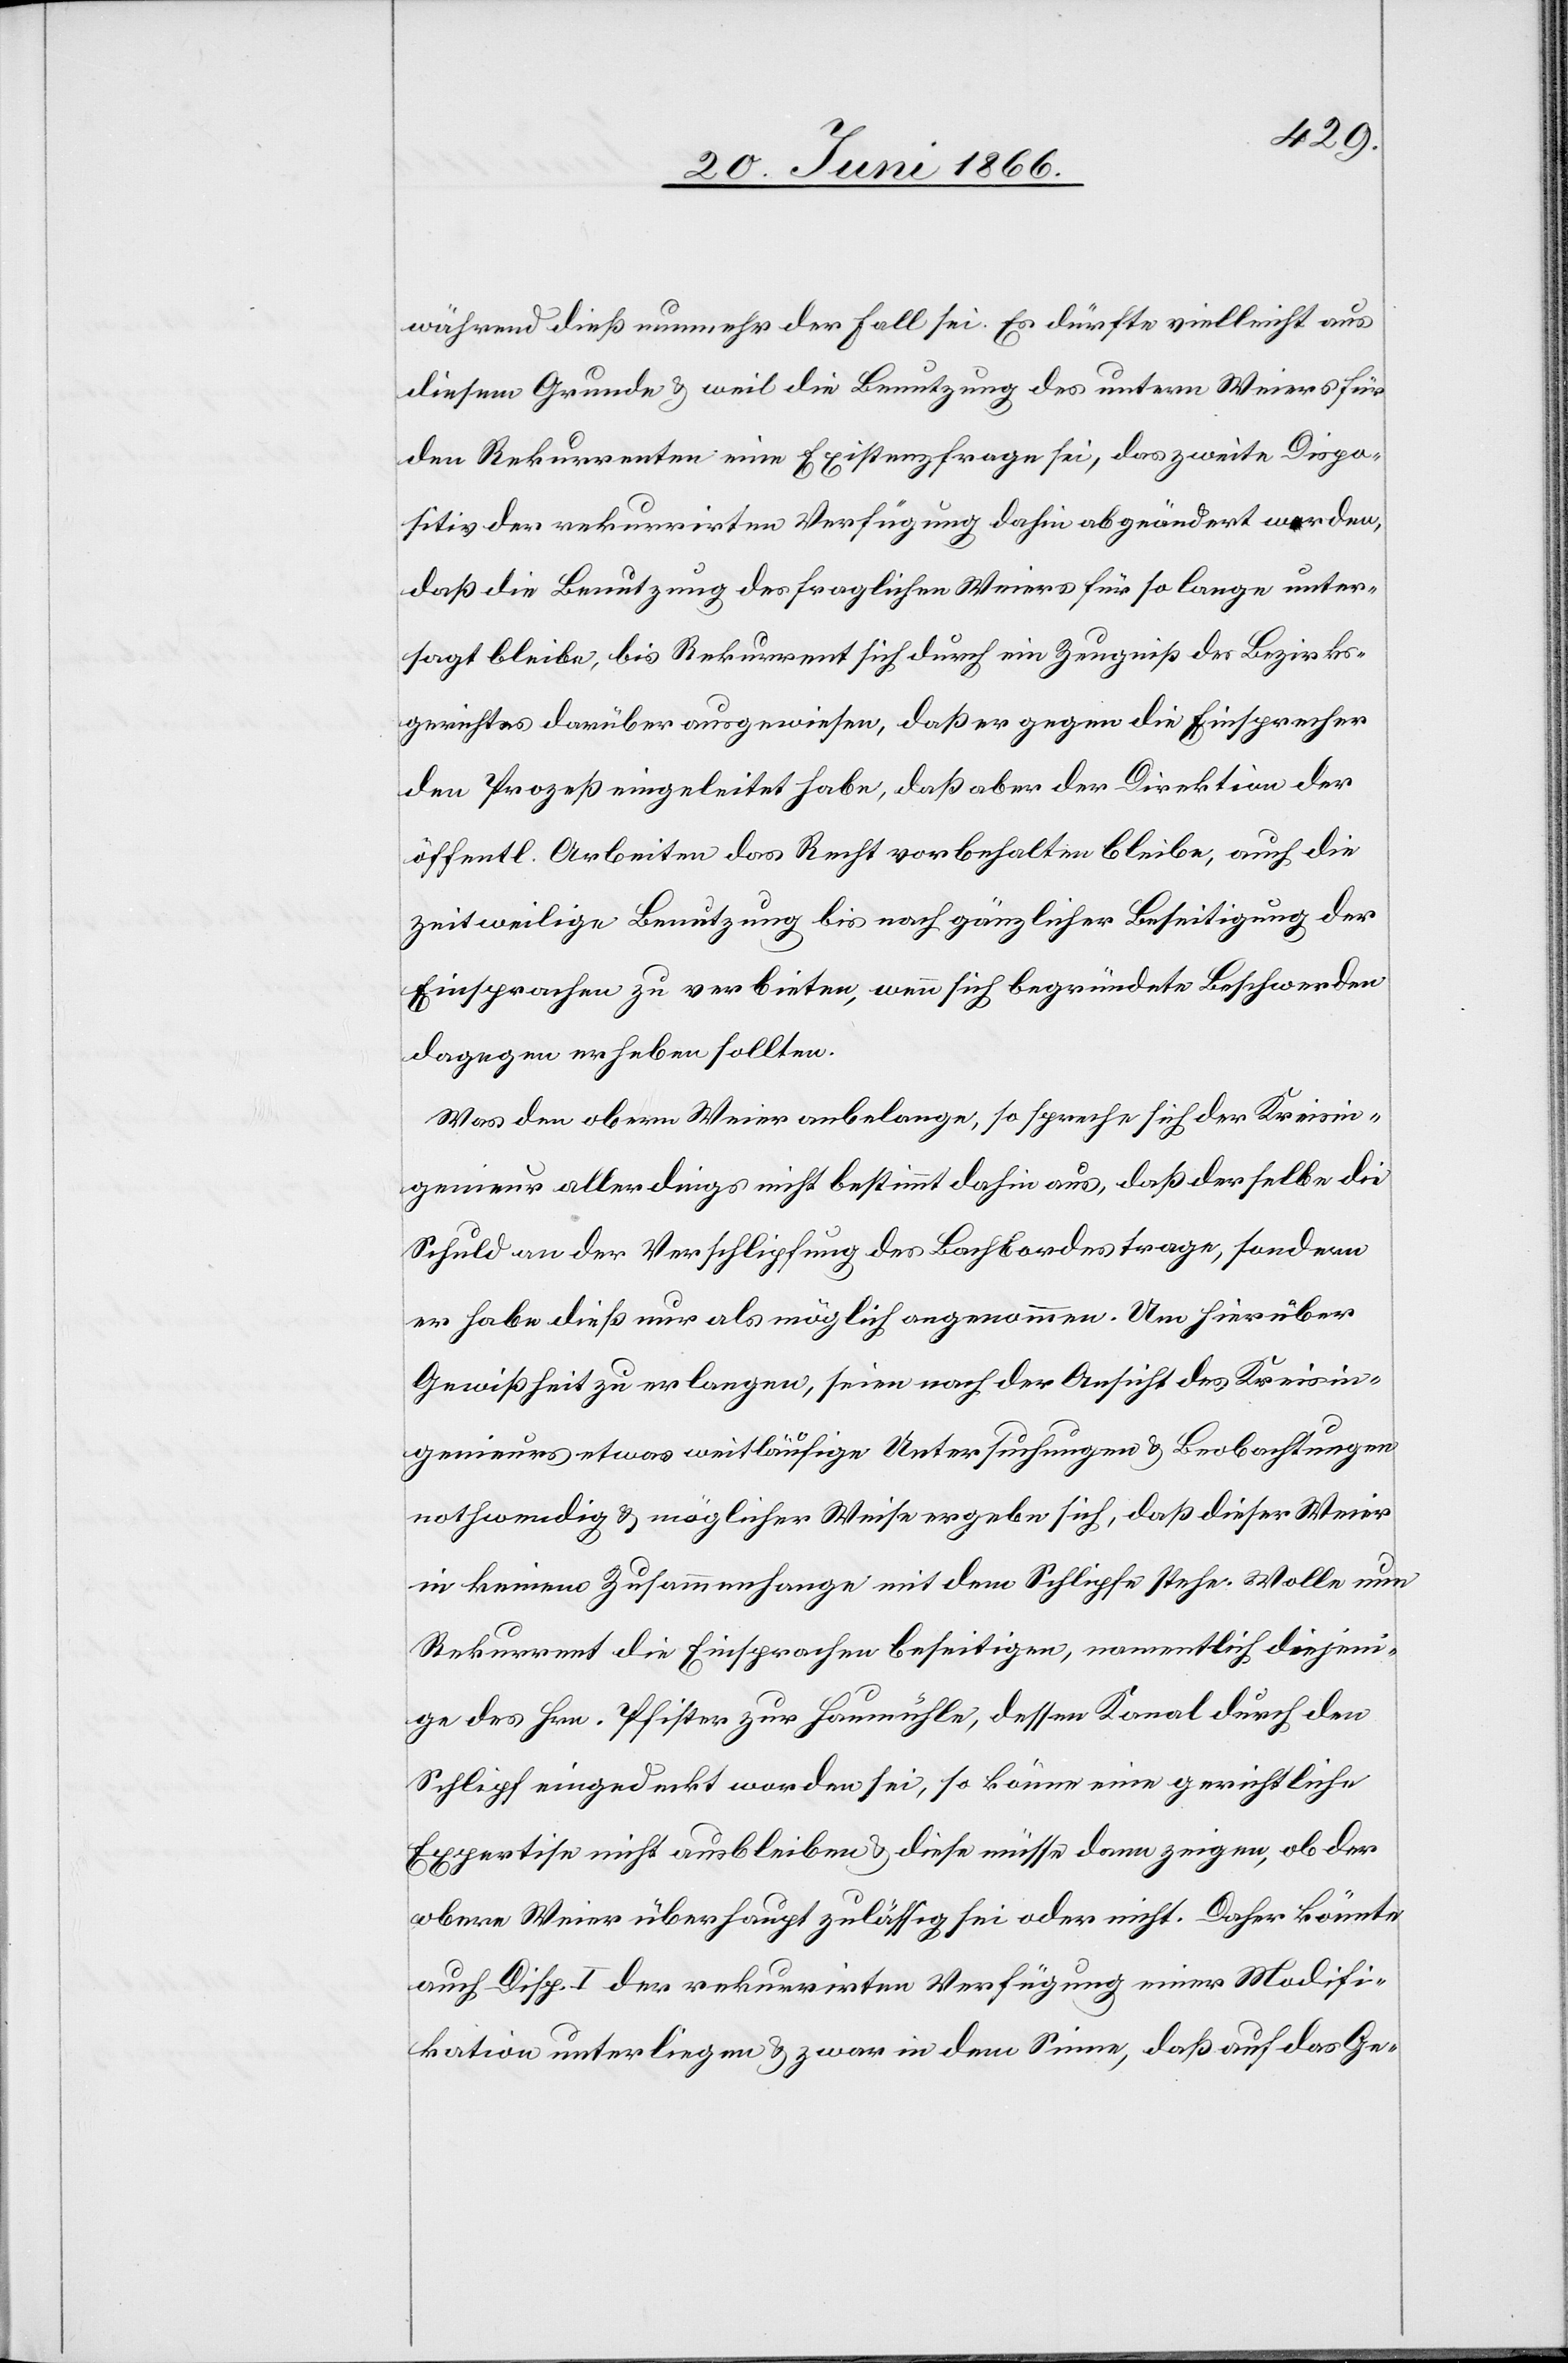
während dies nunmehr der Fall sei. Es dürfte vielleicht aus
diesem Grunde u. weil die Benutzung des untern Weiers für
den Rekurrenten eine Existenzfrage sei, das zweite Dispo¬
sitiv der rekurrirten Verfügung dahin abgeändert werden,
daß die Benutzung des fraglichen Weiers für so lange unter¬
sagt bleibe, bis Rekurrent sich durch ein Zeugniß des Bezirks¬
gerichtes darüber ausgewiesen habe, daß er gegen die Einsprachen
den Prozeß eingeleitet habe, daß aber der Direktion der
öffentl. Arbeiten das Recht vorbehalten bleibe, auch die
zeitweilige Benutzung bis nach gänzlicher Beseitigung der
Einsprachen zu verbieten, wenn sich begründete Beschwerden
dagegen erheben sollten.
Was den obern Weier anbelange, so spreche sich der Kreisin¬
genieur allerdings nicht bestimmt dahin aus, daß derselbe die
Schuld an der Verschlipfung des Bachbordes trage, sondern
er habe dieß nur als möglich angenommen. Um hierüber
Gewißheit zu erlangen, seien nach der Ansicht des Kreisin¬
genieurs etwas weitläufige Untersuchungen u. Beobachtungen
nothwendig u. möglicher Weise ergebe sich, daß dieser Weier
in keinem Zusammenhange mit dem Schlipfe stehe. Wolle nun
Rekurrent die Einsprachen beseitigen, namentlich diejeni¬
gen des Hrn. Pfister zur Haumühle, dessen Kanal durch den
Schlipf eingedeckt worden sei, so könne eine gerichtliche
Expertise nicht ausbleiben u. diese müsse dann zeigen, ob der
obere Weier überhaupt zulässig sei oder nicht. Daher könnte
auch Disp. I der rekurrirten Verfügung einer Modifi¬
kation unterliegen u. zwar in dem Sinne, daß auf das Ge-